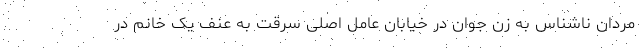
مردان ناشناس به زن جوان در خیابان عامل اصلی سرقت به عنف یک خانم در